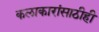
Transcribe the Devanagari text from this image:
कलाकारांसाठीही